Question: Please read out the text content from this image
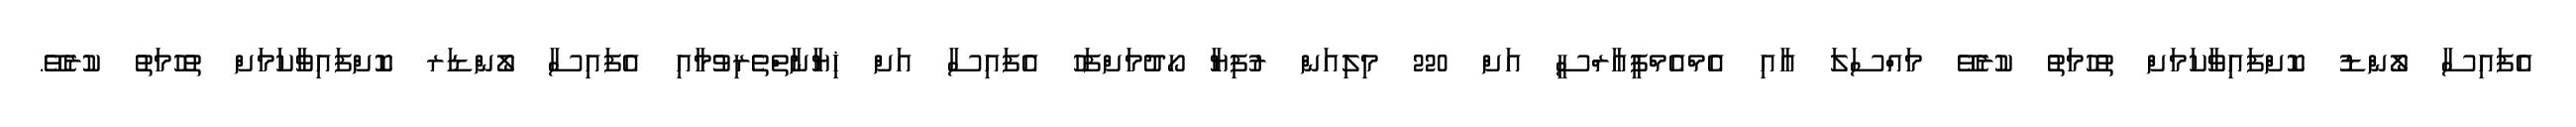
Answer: އެފައިސާ ލޯންޑު ކޮށްފައިވާކަމަށް ތުހުމަތު ކުރެވޭ މައްސަލަ އާއި އެމްއެމްޕީއާރްސީ އަށް 220 މިލިއަން ރުފިޔާ ހޯދުމަށްފަހު އެފައިސާ އަށް ޚިޔާނާތްތެރިވުމާއި އެފައިސާ ލޯންޑަރ ކޮށްފައިވާކަމަށް ތުހުމަތު ކުރެވޭ.